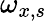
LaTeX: \omega_{x,s}